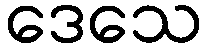
ဒေသေ